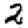
Digit: 2